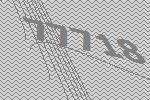
77718